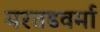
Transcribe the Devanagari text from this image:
मरतडवर्मा